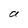
Character: a